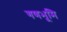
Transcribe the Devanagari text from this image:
गणभूमि